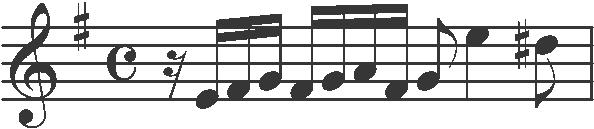
Transcription: clef-G2 keySignature-GM timeSignature-C rest-sixteenth note-E4_sixteenth note-F#4_sixteenth note-G4_sixteenth note-F#4_sixteenth note-G4_sixteenth note-A4_sixteenth note-F#4_sixteenth note-G4_eighth note-E5_quarter note-D#5_eighth barline